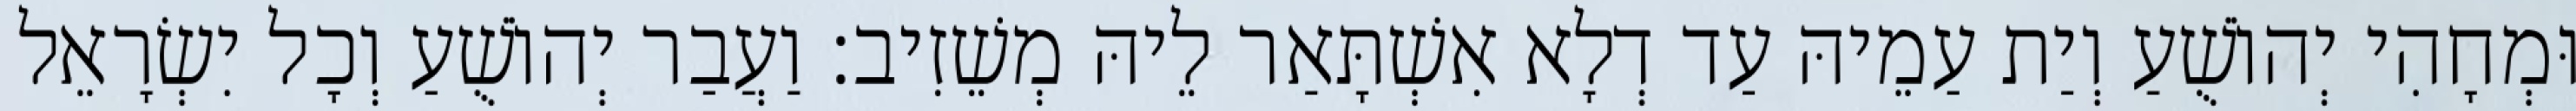
וּמְחָהִי יְהוֹשֻׁעַ וְיַת עַמֵיהּ עַד דְלָא אִשְׁתָּאַר לֵיהּ מְשֵׁזִיב׃ וַעֲבַר יְהוֹשֻׁעַ וְכָל יִשְׂרָאֵל